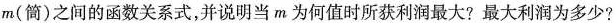
m(简)之间的函数关系式，并说明当m为何值时所获利润最大?最大利润为多少?